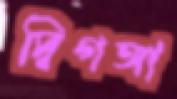
দ্বিগঙ্গা